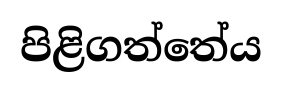
පිළිගත්තේය